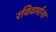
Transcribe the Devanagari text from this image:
रविवर्माना